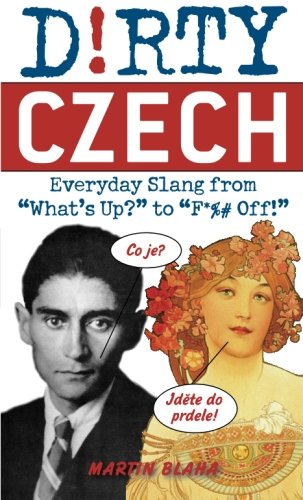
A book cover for Dirty Czech: Everyday Slang from "What's Up?" to "F*%# Off!" (Dirty Everyday Slang); Martin Blaha; Reference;